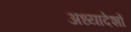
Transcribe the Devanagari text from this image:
अध्‍यादेशों